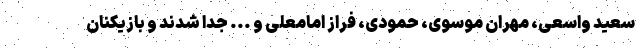
سعید واسعی، مهران موسوی، حمودی، فراز امامعلی و ... جدا شدند و بازیکنان